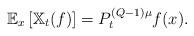
LaTeX: \begin{align*}\mathbb{E}_{x}\left[\mathbb{X}_{t}(f)\right]=P^{(Q-1)\mu}_{t}f(x).\end{align*}